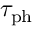
\tau _ { \mathrm { p h } }